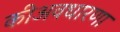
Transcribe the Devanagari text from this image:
कीअवधारणा